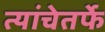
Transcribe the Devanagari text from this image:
त्यांचेतर्फे